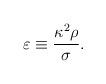
LaTeX: \begin{align*}\varepsilon \equiv \frac{\kappa^2 \rho}{\sigma}.\end{align*}